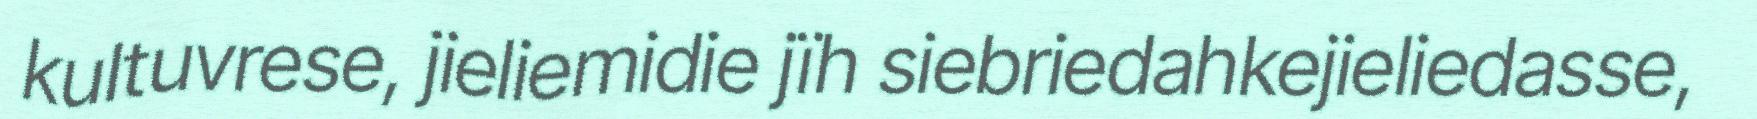
kultuvrese, jieliemidie jïh siebriedahkejieliedasse,